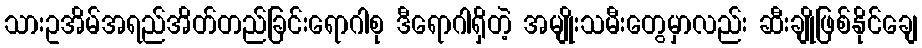
သားဥအိမ်အရည်အိတ်တည်ခြင်းရောဂါစု ဒီရောဂါရှိတဲ့ အမျိုးသမီးတွေမှာလည်း ဆီးချိုဖြစ်နိုင်ချေ